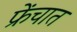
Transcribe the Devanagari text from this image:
फ्रेंचात